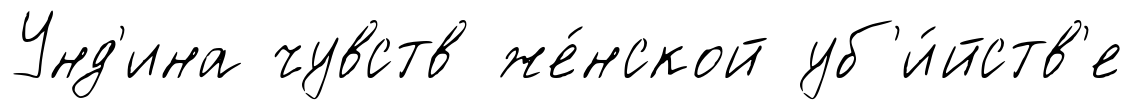
Унд'ина чувств же́нской уб'и́йств'е